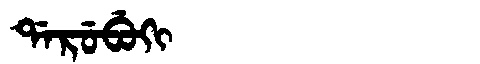
Manchu: ᡩᠠᡵᡠᠪᡠᡴᡳ
Romanization: DARUBUKI